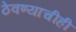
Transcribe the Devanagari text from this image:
ठेवण्याचीही